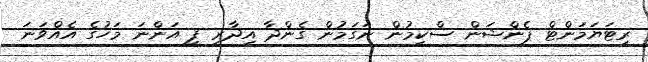
ރިޓަޔަމަންޓް ޕެންޝަން ސްކީމުން ނަގަމުން ގެންދާ އިދާރީ ފީ އަންނަ މަހުގެ އެއްވަނަ